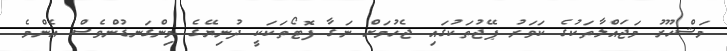
މަޝްހޫރު މަޖައްލާތަކުގެ ކަވަރު ޕޭޖުތަކުގައި ޖެހުމަށް ނަގާ ފޮޓޯތަކަކީ ދުނިޔޭގެ މިންގަނޑުންވެސް އެންމެ